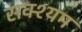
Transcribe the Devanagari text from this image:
सक्श्यम